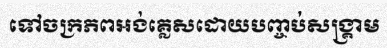
ទៅចក្រភពអង់គ្លេសដោយបញ្ចប់សង្គ្រាម